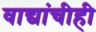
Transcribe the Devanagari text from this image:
वाद्यांचीही